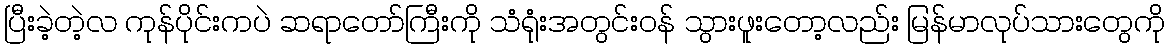
ပြီးခဲ့တဲ့လ ကုန်ပိုင်းကပဲ ဆရာတော်ကြီးကို သံရုံးအတွင်းဝန် သွားဖူးတော့လည်း မြန်မာလုပ်သားတွေကို